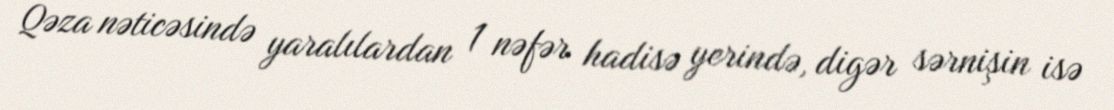
Qəza nəticəsində yaralılardan 1 nəfər hadisə yerində, digər sərnişin isə